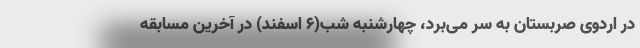
در اردوی صربستان به سر می‌برد، چهارشنبه شب(۶ اسفند) در آخرین مسابقه